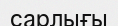
сарлығы